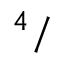
^ 4 /